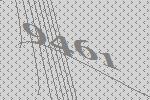
9461